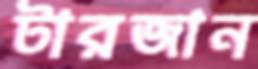
টারজান